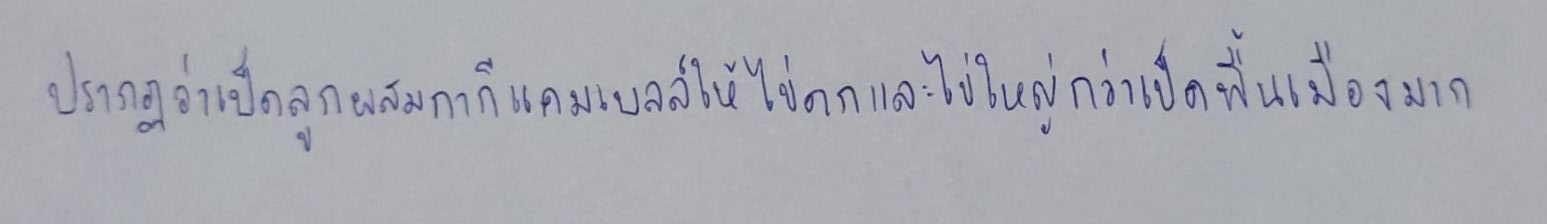
ปรากฏว่าเป็ดลูกผสมกากีแคมเบลล์ให้ไข่ดกและไข่ใหญ่กว่าเป็ดพื้นเมืองมาก